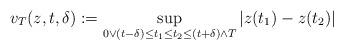
LaTeX: \begin{align*}v_T(z,t,\delta):=\sup_{0\vee (t-\delta)\leq t_1\leq t_2\leq (t+\delta)\wedge T}|z(t_1)-z(t_2)| \end{align*}